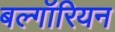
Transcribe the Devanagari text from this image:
बल्गॉरियन